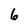
Character: 6